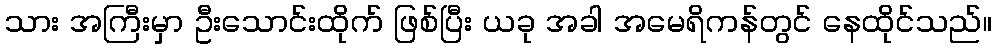
သား အကြီးမှာ ဦးသောင်းထိုက် ဖြစ်ပြီး ယခု အခါ အမေရိကန်တွင် နေထိုင်သည်။